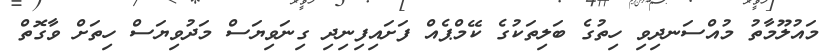
މައުލޫމާތު މުއްސަނދިވި ހިތުގެ ބަލިތަކުގެ ކޭމްޕެއް ފަށައިފިނިދި ގިނަވިޔަސް މަދުވިޔަސް ހިތަށް ވާގޮތް